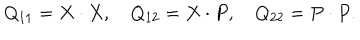
LaTeX: Q _ { 1 1 } = X \cdot X , \quad Q _ { 1 2 } = X \cdot P , \quad Q _ { 2 2 } = P \cdot P .